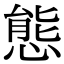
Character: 態